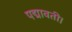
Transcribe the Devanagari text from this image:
पद्मावती।